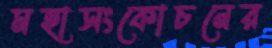
মহাসংকোচনের